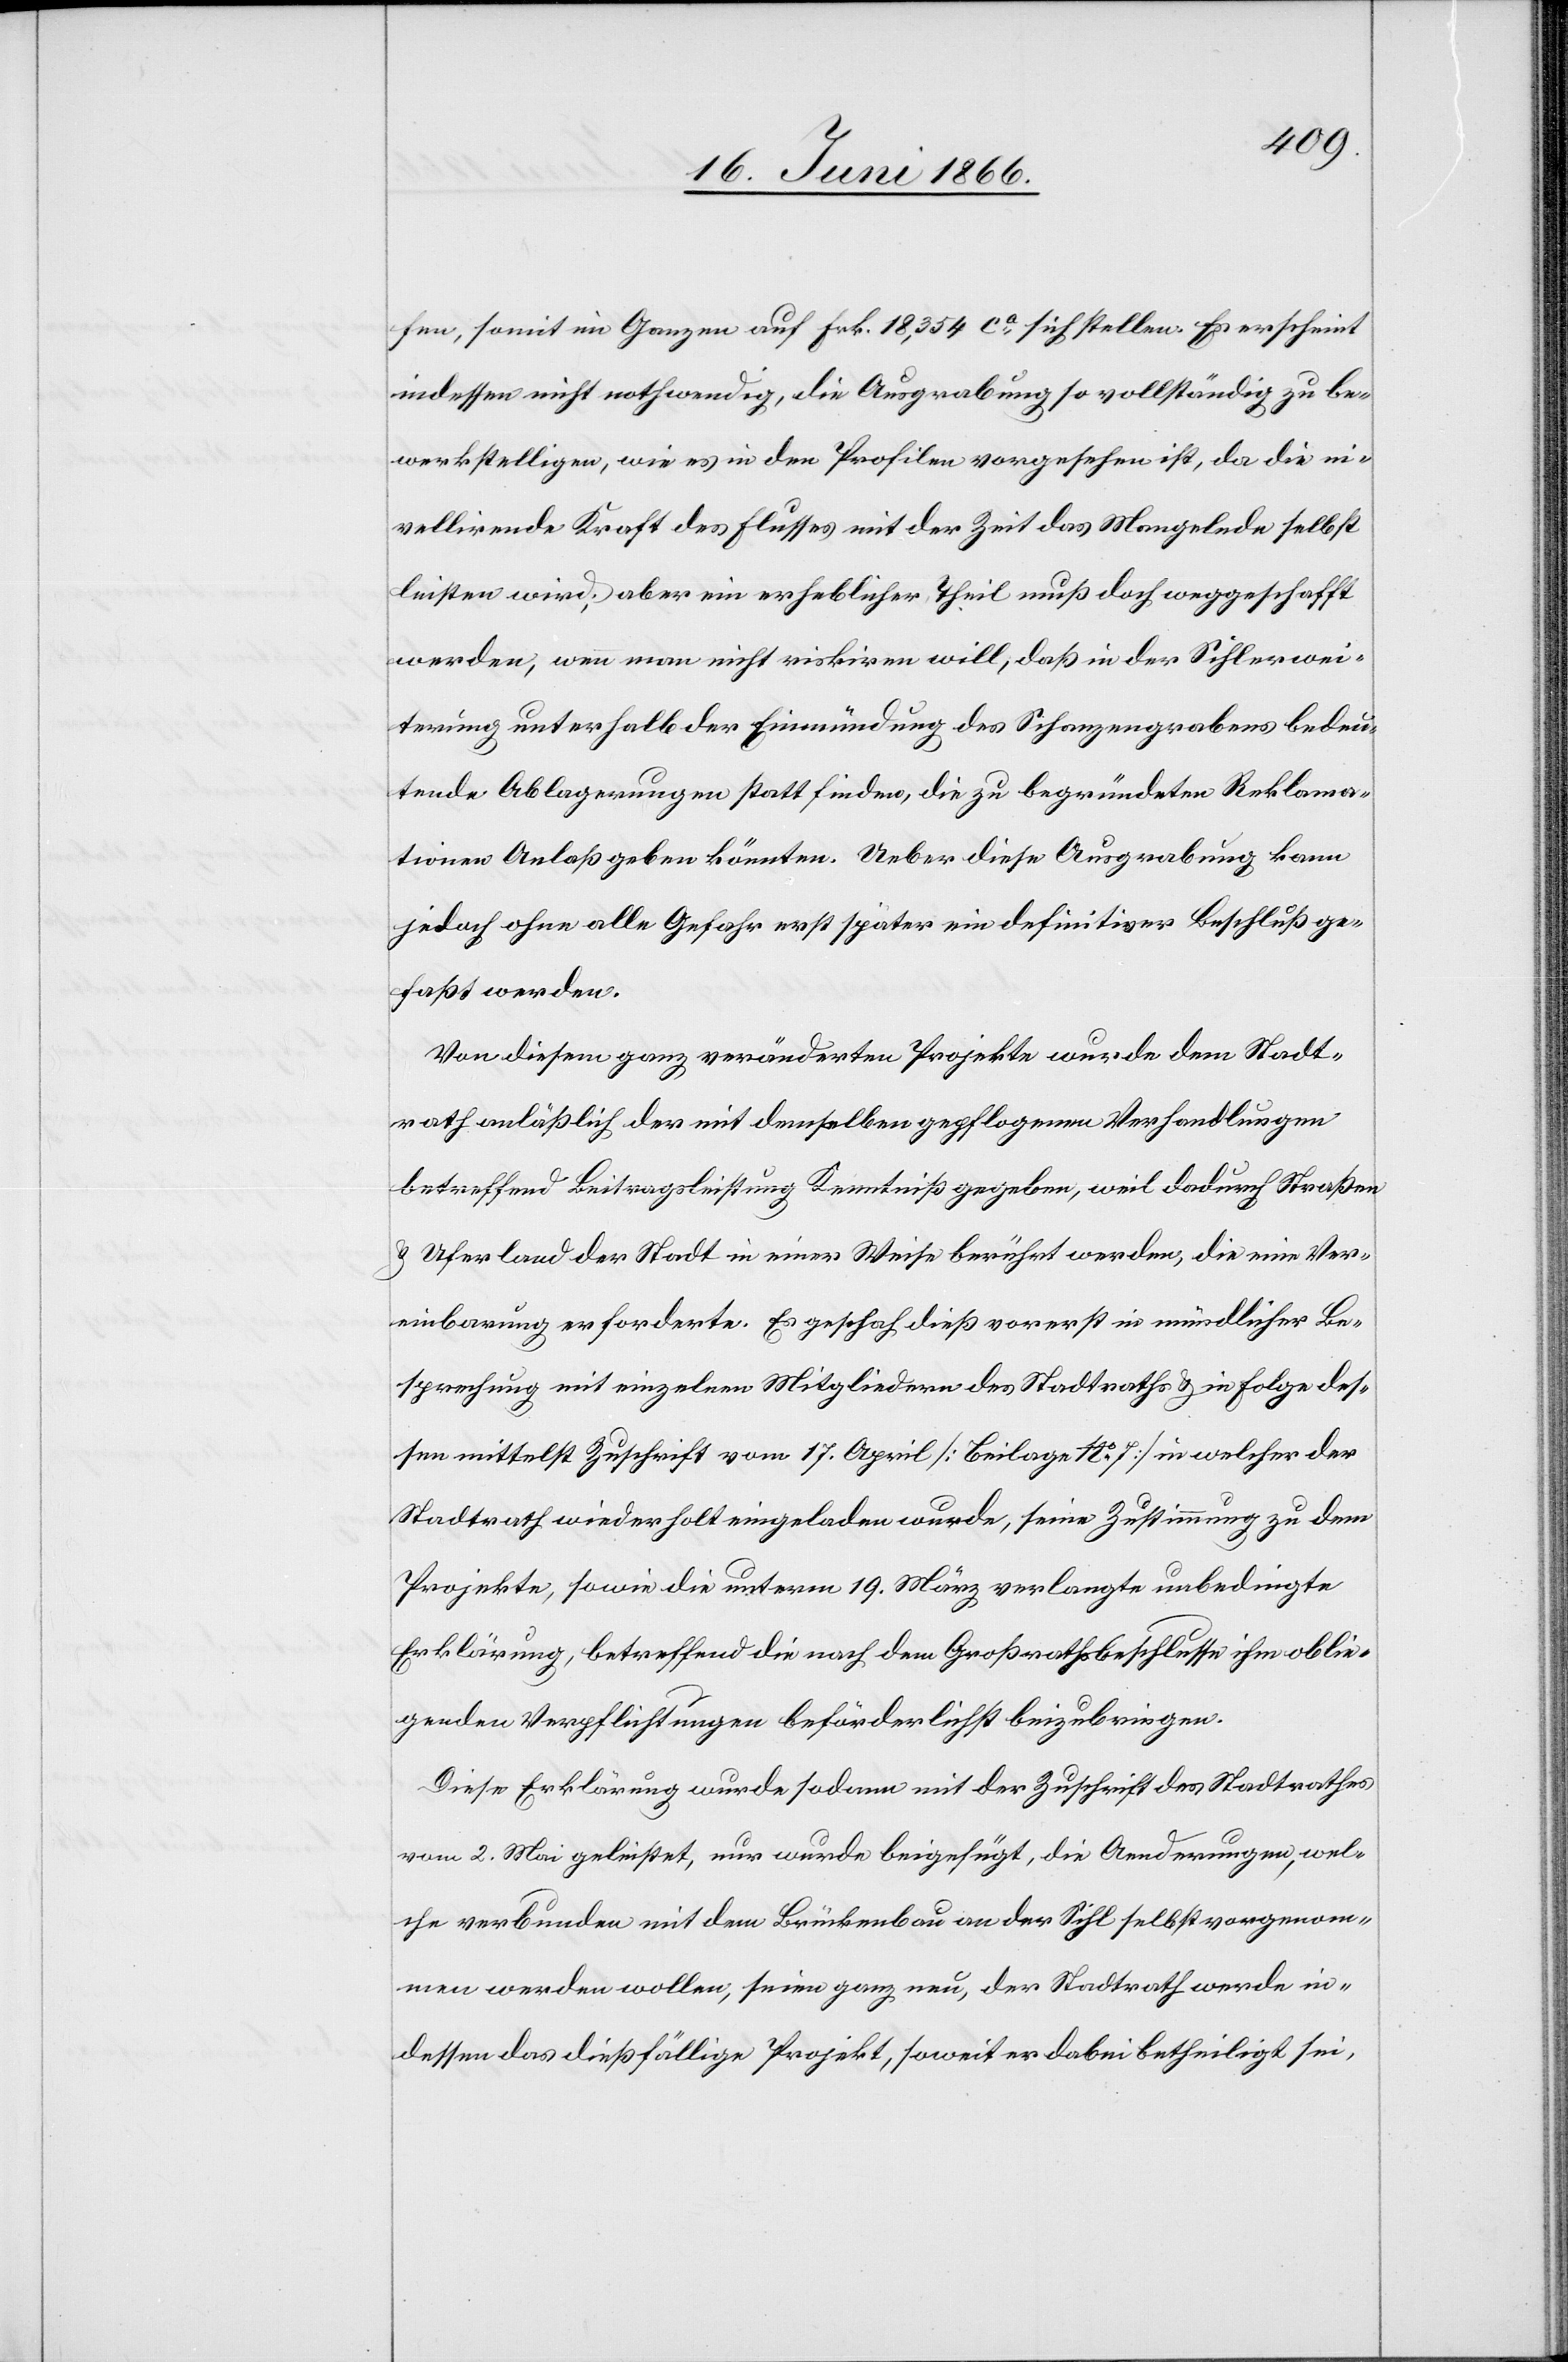
fen, somit im Ganzen auf Frk. 18 354 ca. sich stellen. Es erscheint
indessen nicht nothwendig, die Ausgrabung so vollständig zu be¬
werkstelligen, wie es in den Profilen vorgesehen ist, da die ni¬
vellirende Kraft des Flusses mit der Zeit das Mangelnde selbst
leisten wird; aber ein erheblicher Theil muß doch weggeschafft
werden, wenn man nicht riskiren will, daß in der Sihlerwei¬
terung unterhalb der Einmündung des Schanzengrabens bedeu¬
tende Ablagerungen statt finden, die zu begründeten Reklama¬
tionen Anlaß geben könnten. Ueber diese Ausgrabung kann
jedoch ohne alle Gefahr erst später ein definitiver Beschluß ge¬
faßt werden.
Von diesem ganz veränderten Projekte wurde dem Stadt¬
rath anläßlich der mit demselben gepflogenen Verhandlungen
betreffend Beitragsleistung Kenntniß gegeben, weil dadurch Straßen
u. Uferland der Stadt in einer Weise berührt werden, die eine Ver¬
einbarung erforderte. Es geschah dieß vorerst in mündlicher Be¬
sprechung mit einzelnen Mitgliedern des Stadtrathes u. in Folge des¬
sen mittelst Zuschrift vom 17. April [Beilage No. 7] in welcher der
Stadtrath wiederholt eingeladen wurde, seine Zustimmung zu dem
Projekte, sowie die unterm 19. März vorlangte unbedingte
Erklärung, betreffend die nach dem Großrathsbeschlusse ihm oblie¬
genden Verpflichtungen beförderlichst beizubringen.
Diese Erklärung wurde sodann mit der Zuschrift des Stadtrathes
vom 2. Mai geleistet, nur wurde beigefügt, die Aenderungen, wel¬
che verbunden mit dem Brückenbau an der Sihl selbst vorgenom¬
men werden wollen, seien ganz neu, der Stadtrath werde in¬
dessen das dießfällige Projekt, soweit er dabei betheiligt sei,